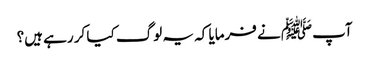
آپﷺ نے فرمایا کہ یہ لوگ کیا کر رہے ہیں؟